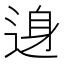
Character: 𨓉